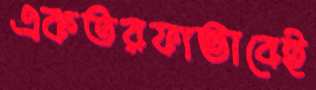
একতরফাভাবেই